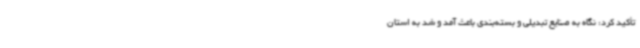
تأکید کرد: نگاه به صنایع تبدیلی و بسته‌بندی باعث آمد و شد به استان